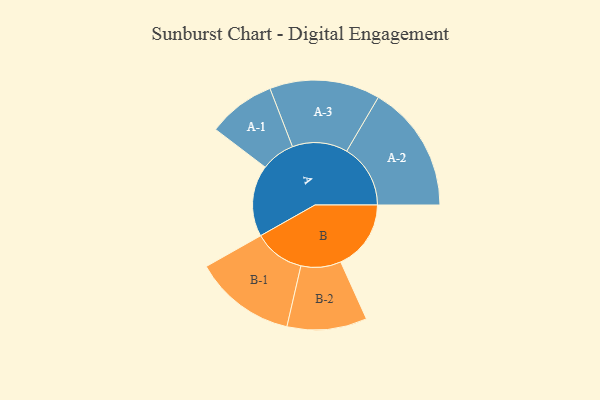
{"axis": {"x": "Segment", "y": "Value"}, "legend": ["", "A", "B"], "data": [{"x": "A", "y": 327, "type": ""}, {"x": "B", "y": 322, "type": ""}, {"x": "A-1", "y": 155, "type": "A"}, {"x": "A-2", "y": 292, "type": "A"}, {"x": "A-3", "y": 253, "type": "A"}, {"x": "B-1", "y": 233, "type": "B"}, {"x": "B-2", "y": 183, "type": "B"}]}